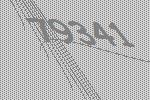
79341